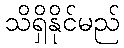
သိရှိနိုင်မည်